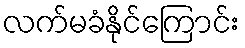
လက်မခံနိုင်ကြောင်း